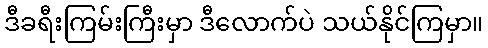
ဒီခရီးကြမ်းကြီးမှာ ဒီလောက်ပဲ သယ်နိုင်ကြမှာ။